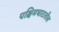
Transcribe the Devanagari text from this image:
पश्चिमघाटातील